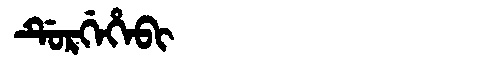
Manchu: ᡩᡠᡵᡤᡝᡥᡝᠪᡳ
Romanization: DURGEHEBI